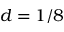
d = 1 / 8